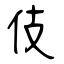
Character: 伎